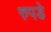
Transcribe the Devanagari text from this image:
रुपडे